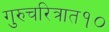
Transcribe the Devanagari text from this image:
गुरुचरित्रात१०